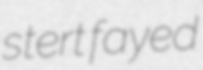
stert fayed